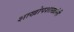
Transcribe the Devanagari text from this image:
शाखोपशाखांनी